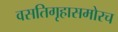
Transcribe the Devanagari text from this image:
वसतिगृहासमोरच